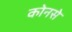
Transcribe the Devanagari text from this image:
कोनसे